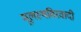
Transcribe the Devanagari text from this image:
मूलस्थविरवादी